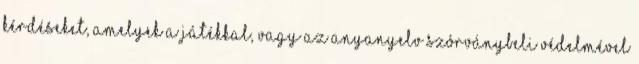
kérdéseket, amelyek a játékkal, vagy az anyanyelv szórványbeli védelmével